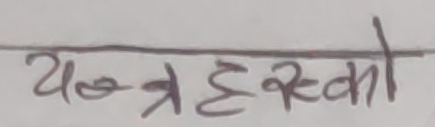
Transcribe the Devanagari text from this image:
यत्र हैस्को